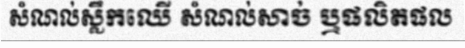
សំណល់ស្លឹកឈើ សំណល់សាច់ ឬផលិតផល